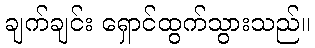
ချက်ချင်း ရှောင်ထွက်သွားသည်။